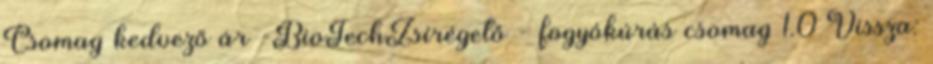
Csomag kedvező ár -BioTechZsírégető - fogyókúrás csomag 1.0 Vissza: